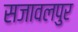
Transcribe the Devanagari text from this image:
सजावलपुर